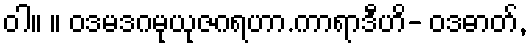
ဝါ။ ။ ဝဒမဒဂမုယုဇဂရဟာ.ကာရာဒီဟိ- ဝဒဓာတ်,